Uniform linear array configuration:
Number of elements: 24
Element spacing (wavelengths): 0.75
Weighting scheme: kaiser
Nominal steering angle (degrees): -60
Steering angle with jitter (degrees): -58.83
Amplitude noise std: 0.05
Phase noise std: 0.05

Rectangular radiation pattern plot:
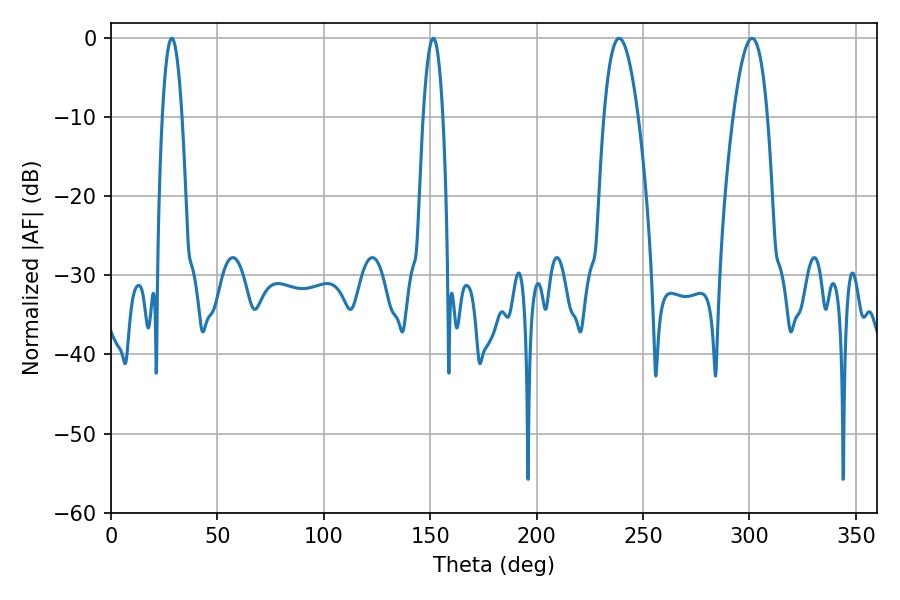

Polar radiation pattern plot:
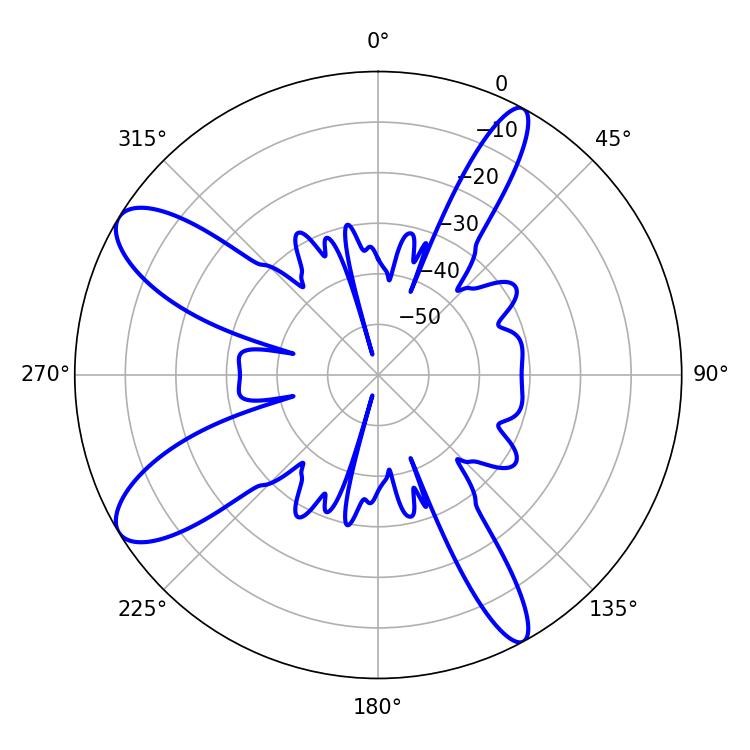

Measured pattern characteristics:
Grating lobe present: TRUE
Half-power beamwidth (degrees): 8.82
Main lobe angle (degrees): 238.86